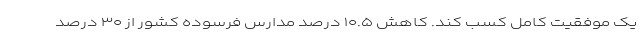
یک موفقیت کامل کسب کند. کاهش ۱۰.۵ درصد مدارس فرسوده کشور از ۳۰ درصد